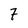
Character: 7